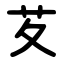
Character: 䒘